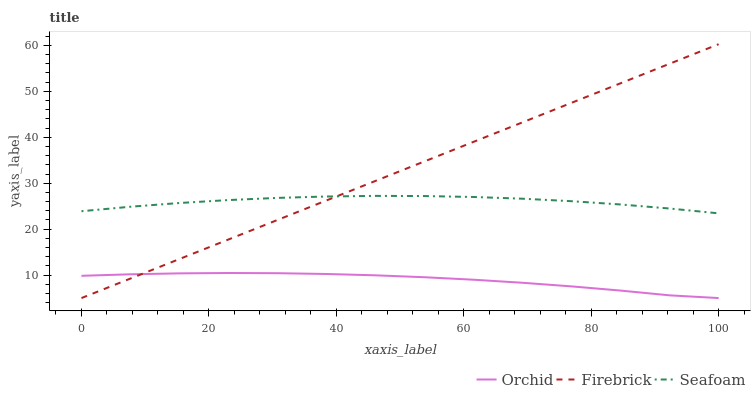
| xaxis_label | Orchid | Firebrick | Seafoam |
 | --- | --- | --- | --- |
 | 0 | 9.85 | 5 | 23.9 |
 | 7.69 | 10.2 | 9.25 | 24.9 |
 | 15.4 | 10.4 | 13.5 | 25.7 |
 | 23.1 | 10.5 | 17.8 | 26.3 |
 | 30.8 | 10.4 | 22 | 26.8 |
 | 38.5 | 10.2 | 26.3 | 27.1 |
 | 46.2 | 9.95 | 30.5 | 27.2 |
 | 53.8 | 9.53 | 34.8 | 27.2 |
 | 61.5 | 8.99 | 39 | 27 |
 | 69.2 | 8.33 | 43.3 | 26.6 |
 | 76.9 | 7.54 | 47.5 | 26.1 |
 | 84.6 | 6.63 | 51.8 | 25.4 |
 | 92.3 | 5.59 | 56 | 24.5 |
 | 100 | 5 | 60.3 | 23.4 |